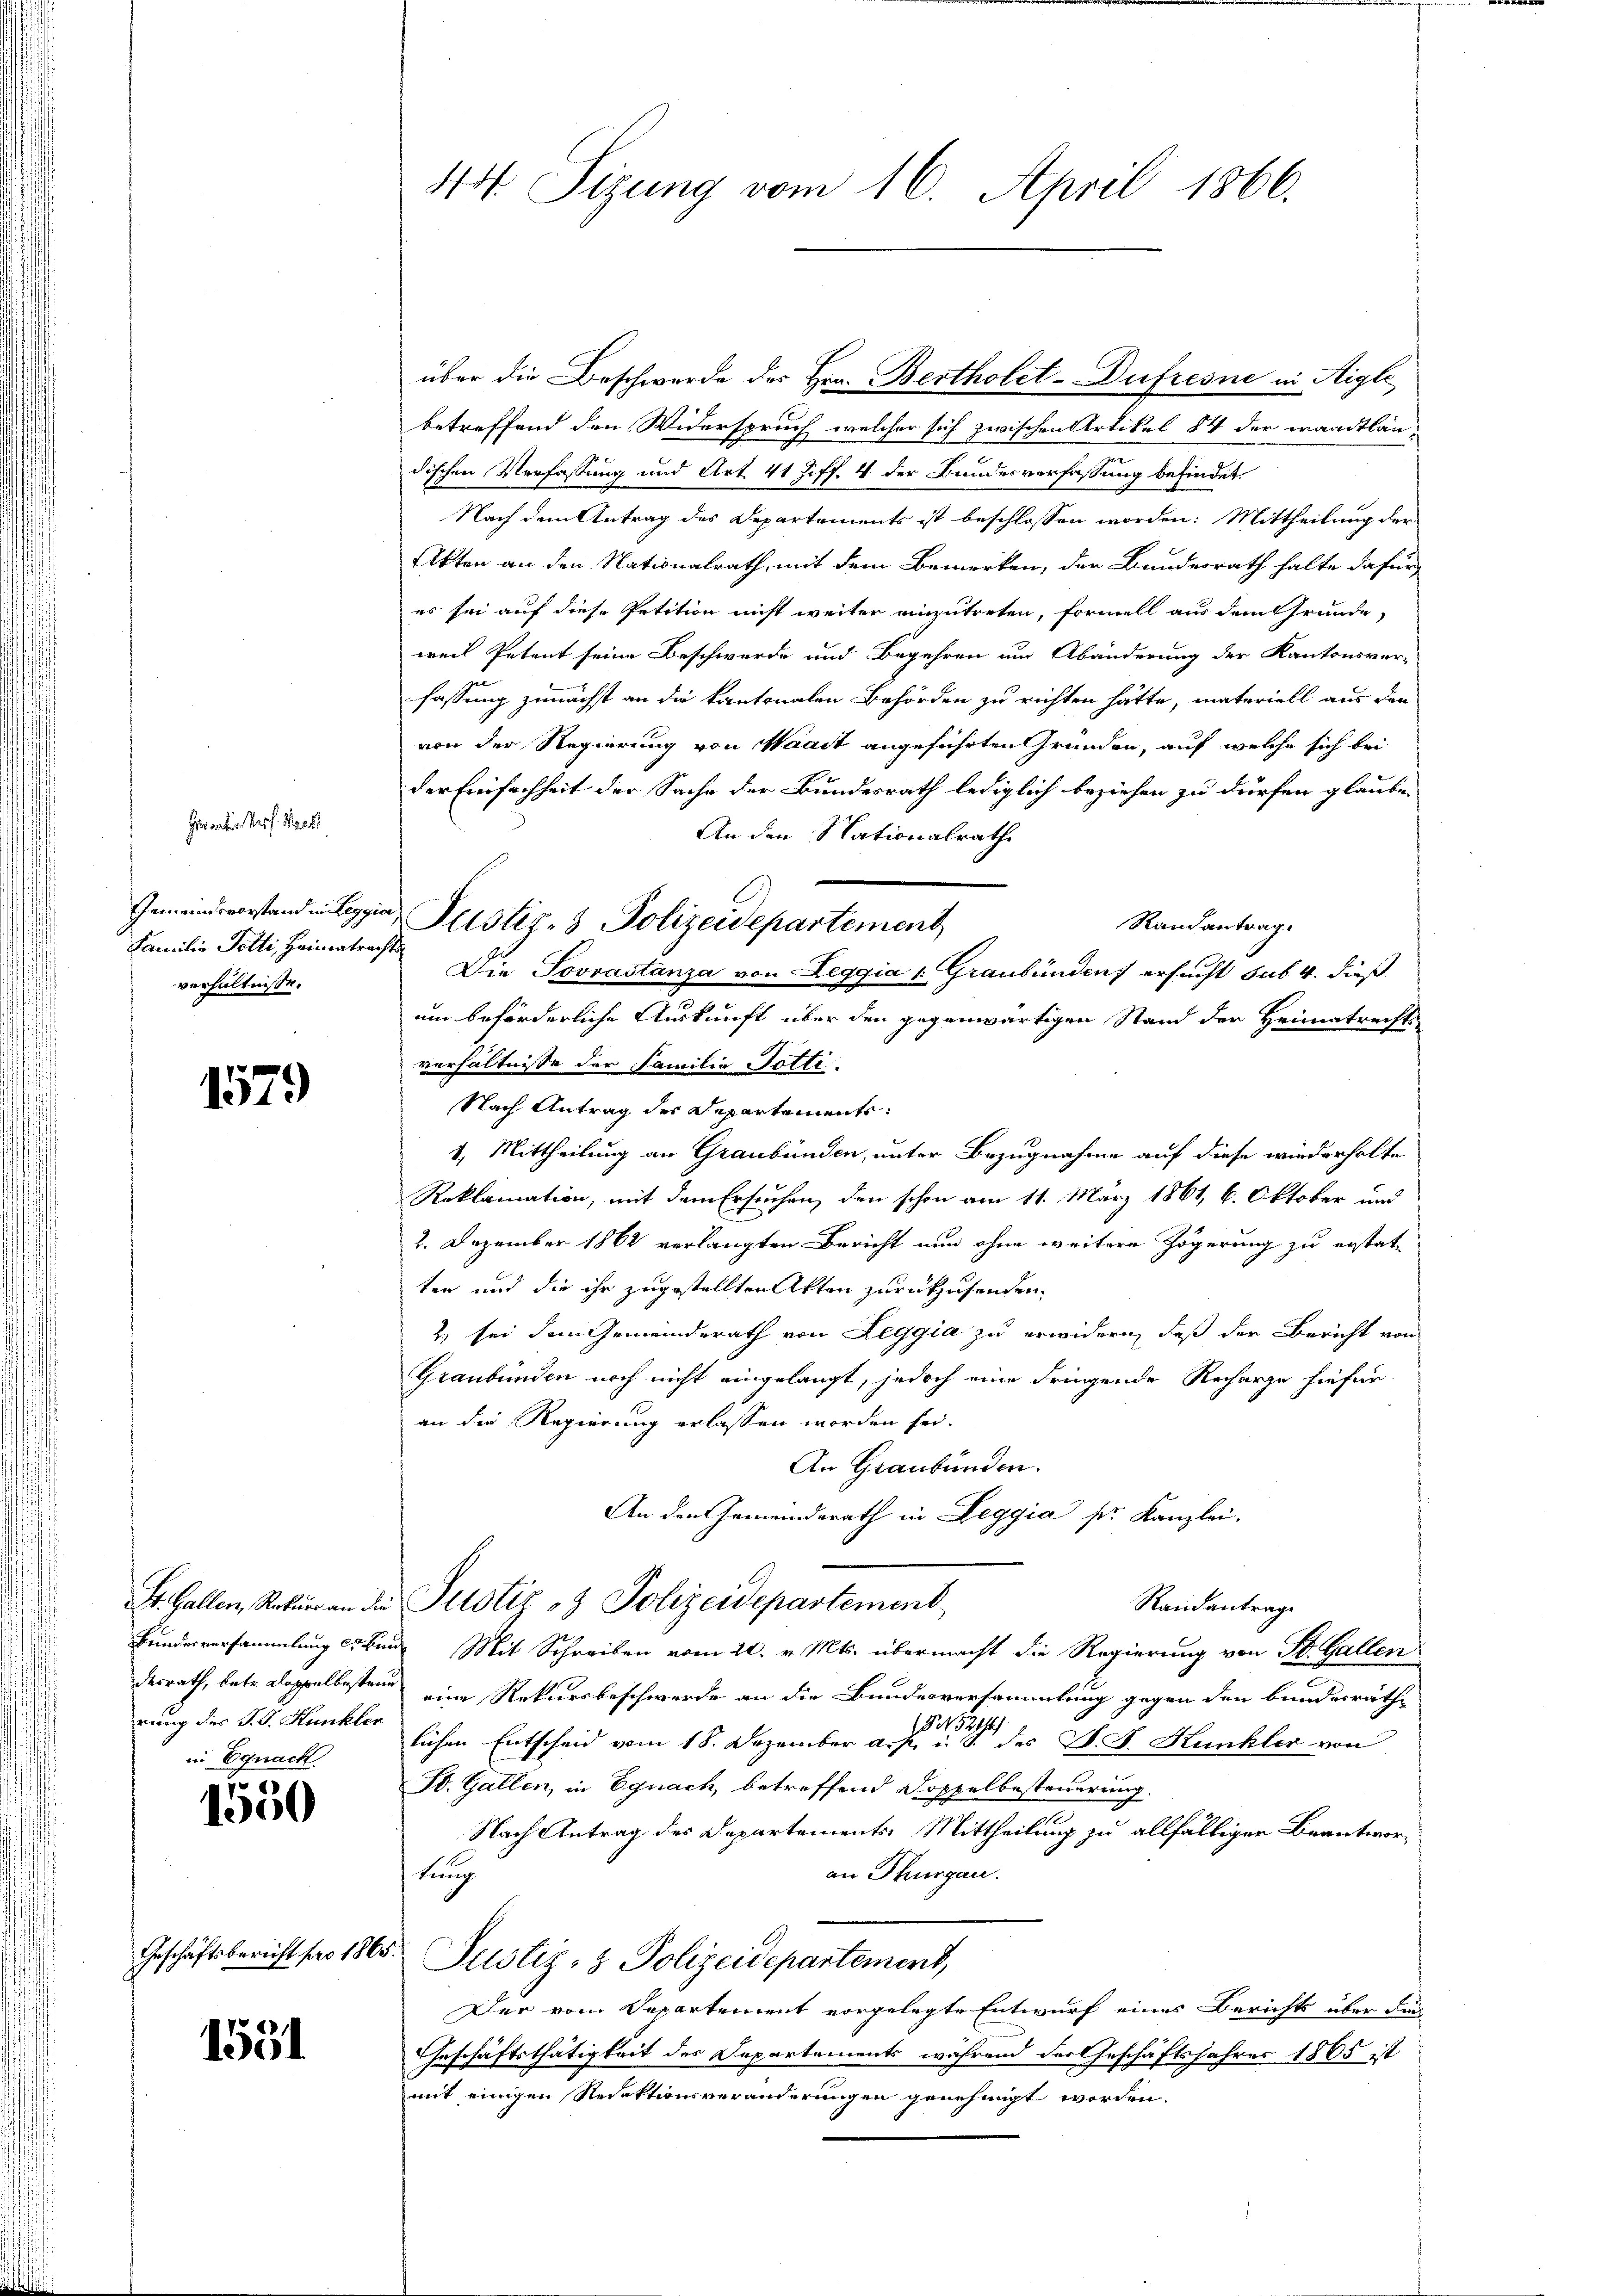
Familie Totti, Heimatrachts
verhältnisse.

Heiraten Prof. Waadt

1579

rung des J. J. Hunkler
in Egnach

1550

Geschäftsbericht pro 1865.

1551

44 Sizung vom 16. April 1866.

über die Beschwerde des Hrn. Bertholet-Dufresne in Aigle
betreffend den Widerspruch welcher sich zwischen Artikul § 4 der waadtländischen Verfassung und Art. 41 Ziff. 4 der Bundesverfassung befindet.
Nach dem Antrag des Departements ist beschlossen worden: Mittheilung der
Akten an den Nationalrath, mit dem Bemerken, der Bundesrath halte dafür
es sei auf diese Petition nicht weiter einzutreten, formell aus dem Grunde,
weil Petent seine Beschwerde und Begehren um Abänderung der Kantonsver-
fassung zunächst an die kantonalen Behörden zu richten hätte, materiell aus den
von der Regierung von Waadt angeführten Gründen, auf welche sich bei
der Einfachheit der Sache der Bundesrath lediglich beziehen zu dürfen glaube
An den Nationalrath
Randantrag.
Die Jovrastanza von Leggia u. Graubünden ersucht sub. 4. dießum beförderliche Auskunft über den gegenwärtigen Stand der Heimatrechts
verhältnisse der Familie Gotte.
Nach Antrag der Departements
1. Mittheilung an Graubünden, unter Bezugnahme auf diese wiederholte
Reklamation, mit dem Ersuchen, den schon am 11. März 1861, 6. Oktober und
2. Dezember 1862 verlangten Bericht nun ohne weitere Zögerung zu erstat
ten und die ihr zugestellten Akten zurückzusenden.
2) sei dem Gemeinderath von Leggia zu erwidern, daß der Bericht von
Graubünden noch nicht eingelangt, jedoch eine frügende Recharge hiefür
an die Regierung erlassen worden sei.
An Graubünden.
An den Gemeindsrath in Leggia sr. Kanzlei.
St. Gallen, Rekurs an die Justiz & Polizeidepartement
Randantrage
Bundesversammlung erkung Mit Schreiben vom 20. v. Mts. übermacht die Regierung von St. Gallen
desrath, betr. Doppelbesten eine Rekursbeschwerde an die Bundesversammlung gegen den bundesräthe
lichen Entscheid vom 18. Dezember a. g. . . . . des D. J. Hunkler von
St. Gallen, in Egnach, betreffend Doppelbesteuerung.
Nach Antrag des Departements Mittheilung zu allfälliger Beantworan Thurgau.
tung
Justiz- & Polizeidepartement,
Der vom Departement vorgelegte Entwurf eines Berichts über dies
Geschäftsthätigkeit des Departements, während der Geschäftsjahres 1865 ist
mit einigen Redektionsveränderungen genehmigt worden.

Gemeinderstand in Legia Justiz- & Polizeidepartement,